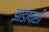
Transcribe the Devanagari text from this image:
झाडापाशी